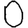
Digit: 0